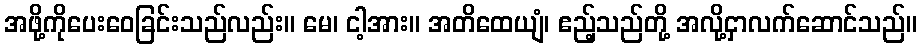
အဖို့ကိုပေးဝေခြင်းသည်လည်း။ မေ၊ ငါ့အား။ အတိထေယျံ၊ ဧည့်သည်တို့ အလို့ငှာလက်ဆောင်သည်။